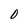
Character: D